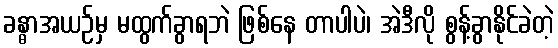
ခန္ဓာအယဉ်မှ မထွက်ခွာရဘဲ ဖြစ်နေ တာပါပဲ၊ အဲဒီလို စွန့်ခွာနိုင်ခဲတဲ့